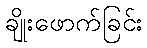
ချိုးဖောက်ခြင်း